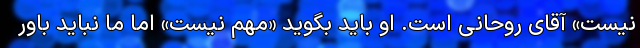
نیستِ» آقای روحانی است. او باید بگوید «مهم نیست» اما ما نباید باور